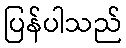
ပြန်ပါသည်